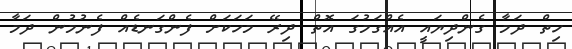
ހިތް ދަމާ ގެންދިޔައީ އެއްގަމުގަ އޮތް ދިރޭ މަހަކަށް ފެންގަނޑެއް ފެނުމުން ދަމާ